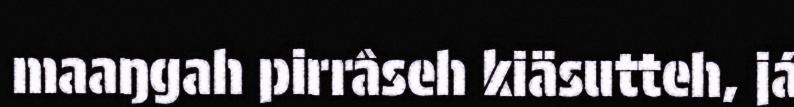
maaŋgah pirrâseh kiäsutteh, já